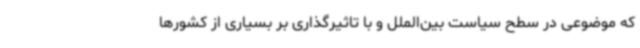
که موضوعی در سطح سیاست بین‌الملل و با تاثیرگذاری بر بسیاری از کشورها